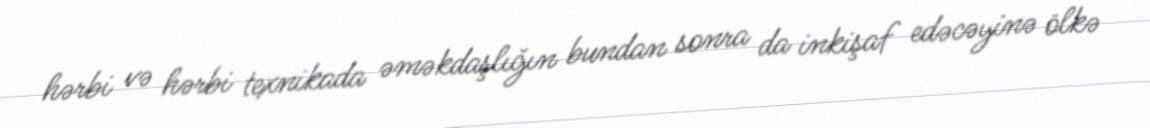
hərbi və hərbi texnikada əməkdaşlığın bundan sonra da inkişaf edəcəyinə ölkə